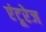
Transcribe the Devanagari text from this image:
एंटूरेज